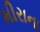
મીરાના